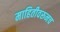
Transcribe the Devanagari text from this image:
माहितीवरूनच